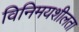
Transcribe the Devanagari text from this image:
विनिमयशीलता